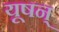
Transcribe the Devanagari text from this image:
यूषन्